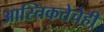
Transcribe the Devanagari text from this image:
आस्तिकतेचेही